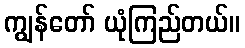
ကျွန်တော် ယုံကြည်တယ်။